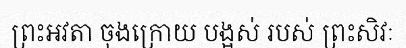
ព្រះអវតា ចុងក្រោយ បង្អស់ របស់ ព្រះសិវៈ